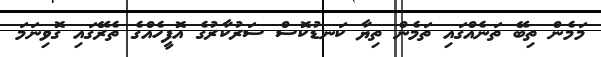
މަމެން ތިބޭ ތަނެއްގައި ތަމެން ތިޔާ ކަނޑުކޮސް ސަރުކާރުގެ އޮފީހެއްގެ ތެރޭގައި ގޮވިނަމަ